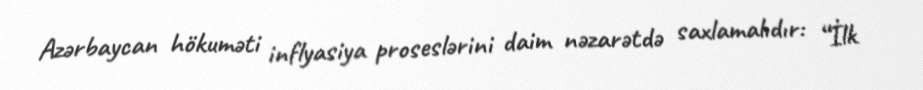
Azərbaycan hökuməti inflyasiya proseslərini daim nəzarətdə saxlamalıdır: “İlk